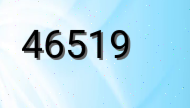
46519